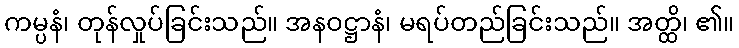
ကမ္ပနံ၊ တုန်လှုပ်ခြင်းသည်။ အနဝဋ္ဌာနံ၊ မရပ်တည်ခြင်းသည်။ အတ္ထိ၊ ၏။